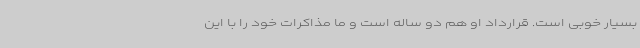
بسیار خوبی است. قرارداد او هم دو ساله است و ما مذاکرات خود را با این